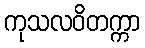
ကုသလဝိတက္ကာ